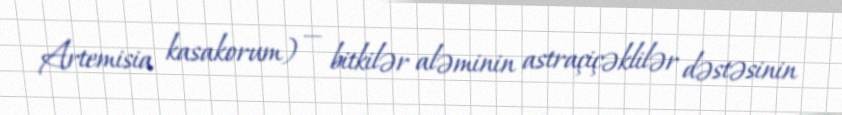
Artemisia kasakorum) — bitkilər aləminin astraçiçəklilər dəstəsinin